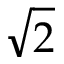
\sqrt 2